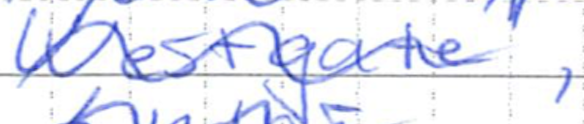
Text: Westgate,
Cross-out: wave
Writing tool: ballpoint